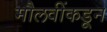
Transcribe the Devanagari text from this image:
मौलवींकडून